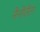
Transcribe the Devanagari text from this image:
नैनीतैल